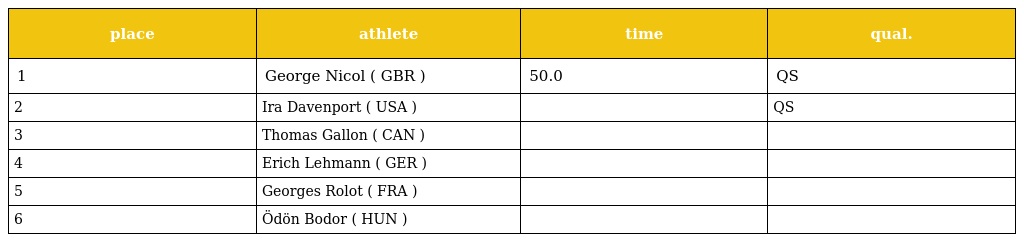
| place | athlete | time | qual. |
 | --- | --- | --- | --- |
 | 1 | George Nicol ( GBR ) | 50.0 | QS |
 | 2 | Ira Davenport ( USA ) |  | QS |
 | 3 | Thomas Gallon ( CAN ) |  |  |
 | 4 | Erich Lehmann ( GER ) |  |  |
 | 5 | Georges Rolot ( FRA ) |  |  |
 | 6 | Ödön Bodor ( HUN ) |  |  |